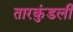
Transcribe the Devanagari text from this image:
तारकुंडली